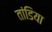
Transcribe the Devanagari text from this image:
तांडिया